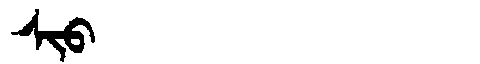
Manchu: ᠰᡳᠣ
Romanization: SIO